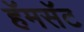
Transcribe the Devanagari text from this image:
हॅमसॅट